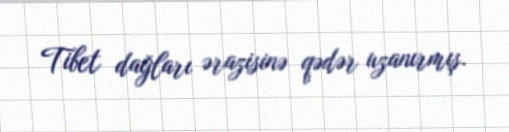
Tibet dağları ərazisinə qədər uzanırmış.